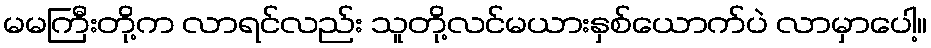
မမကြီးတို့က လာရင်လည်း သူတို့လင်မယားနှစ်ယောက်ပဲ လာမှာပေါ့။